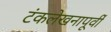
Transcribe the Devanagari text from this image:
टंकलेखनापूर्वी